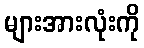
များအားလုံးကို